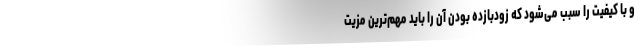
و با کیفیت را سبب می‌­شود که زودبازده بودن آن را باید مهم‌­ترین مزیت